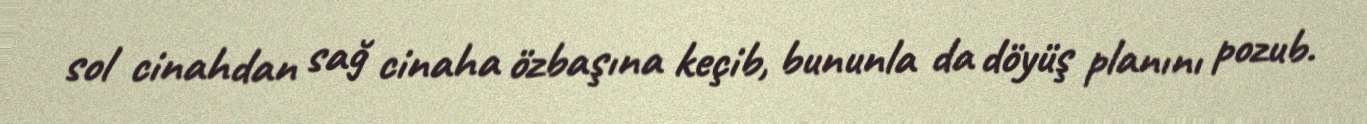
sol cinahdan sağ cinaha özbaşına keçib, bununla da döyüş planını pozub.